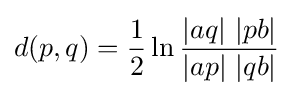
d(p,q)={\frac {1}{2}}\ln {\frac {\left|aq\right|\,\left|pb\right|}{\left|ap\right|\,\left|qb\right|}}